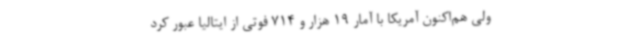
ولی هم‌اکنون آمریکا با آمار 19 هزار و 714 فوتی از ایتالیا عبور کرد